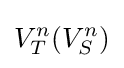
V_{T}^{n}(V_{S}^{n})